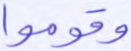
وقوموا